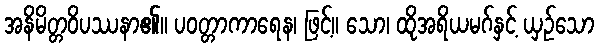
အနိမိတ္တဝိပဿနာ၏။ ပဝတ္တာကာရေန၊ ဖြင့်။ သော၊ ထိုအရိယမဂ်နှင့် ယှဉ်သော